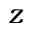
z